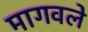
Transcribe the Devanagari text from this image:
मागवले